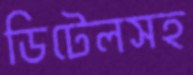
ডিটেলসহ